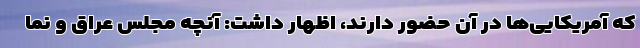
که آمریکایی‌ها در آن حضور دارند، اظهار داشت: آنچه مجلس عراق و نما